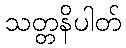
သတ္တနိပါတ်